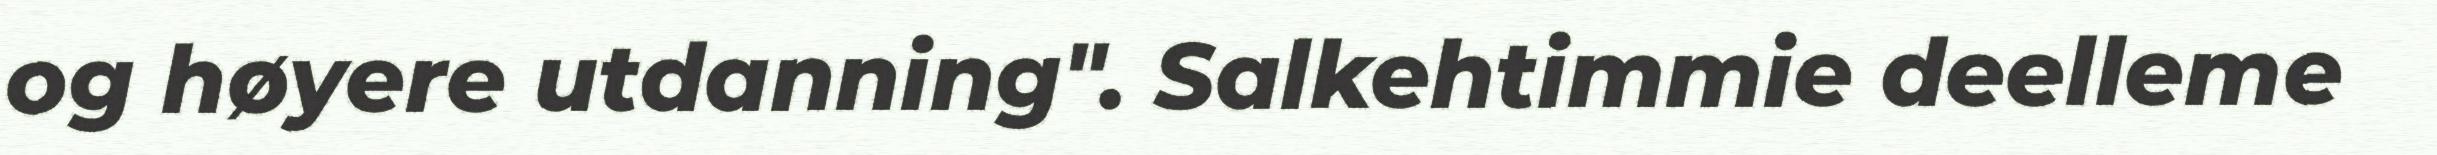
og høyere utdanning". Salkehtimmie deelleme